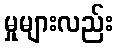
မှုများလည်း